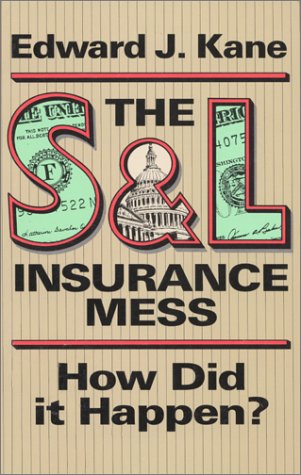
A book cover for SandL INSURANCE MESS, THE; Kane; Business & Money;